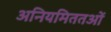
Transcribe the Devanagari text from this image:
अनियमिततओं